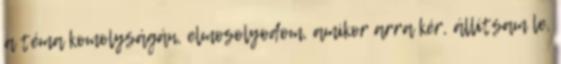
a téma komolyságán, elmosolyodom, amikor arra kér, állítsam le,